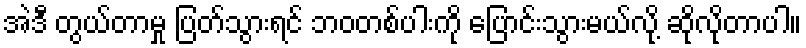
အဲဒီ တွယ်တာမှု ပြတ်သွားရင် ဘဝတစ်ပါးကို ပြောင်းသွားမယ်လို့ ဆိုလိုတာပါ။